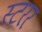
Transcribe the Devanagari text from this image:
स्टरर